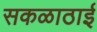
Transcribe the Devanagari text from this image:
सकळाठाई